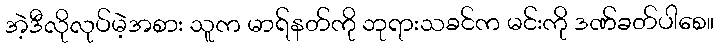
အဲ့ဒီလိုလုပ်မဲ့အစား သူက မာရ်နတ်ကို ဘုရားသခင်က မင်းကို ဒဏ်ခတ်ပါစေ။